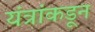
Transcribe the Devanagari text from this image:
यंत्रांकडून